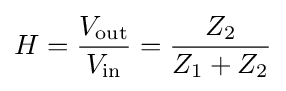
H={\frac {V_{\mathrm {out} }}{V_{\mathrm {in} }}}={\frac {Z_{2}}{Z_{1}+Z_{2}}}